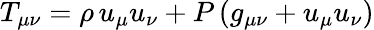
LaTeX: T_{\mu\nu}=\rho\, u_{\mu}u_{\nu}+P\left(g_{\mu\nu}+u_{\mu}u_{\nu}\right)